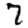
Digit: 7